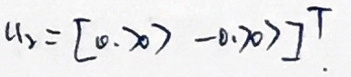
$u _ { 2 } = [ [ 0, x _ { 0 } ] - 0, x _ { 0 } ] ] ^ { T }$